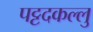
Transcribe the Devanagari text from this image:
पट्टदकल्लु